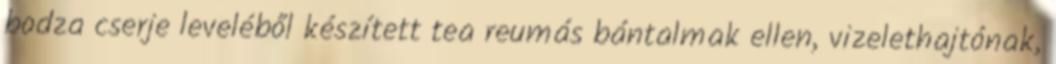
bodza cserje leveléből készített tea reumás bántalmak ellen, vizelethajtónak,